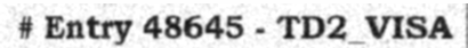
# Entry 48645 - TD2_VISA